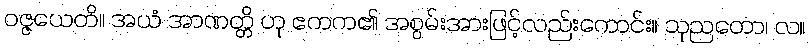
ဝဇ္ဇယေတိ။ အယံ အာဏတ္တိ ဟု ဧကက၏ အစွမ်းအားဖြင့်လည်းကောင်း။ သုညတော၊ လ။